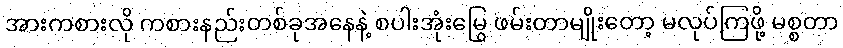
အားကစားလို ကစားနည်းတစ်ခုအနေနဲ့ စပါးအုံးမြွေ ဖမ်းတာမျိုးတော့ မလုပ်ကြဖို့ မစ္စတာ